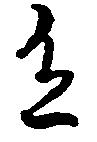
有